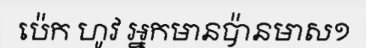
ប៉េក ហូវ អ្នកមានប៉ានមាស១